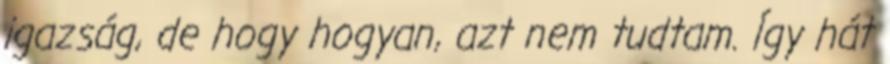
igazság, de hogy hogyan, azt nem tudtam. Így hát